Report on sanitation, dispensaries, and jails in Rajputana for 1921, and on vaccination for the year 1921-1922 - 1921-1922
Year: 1921
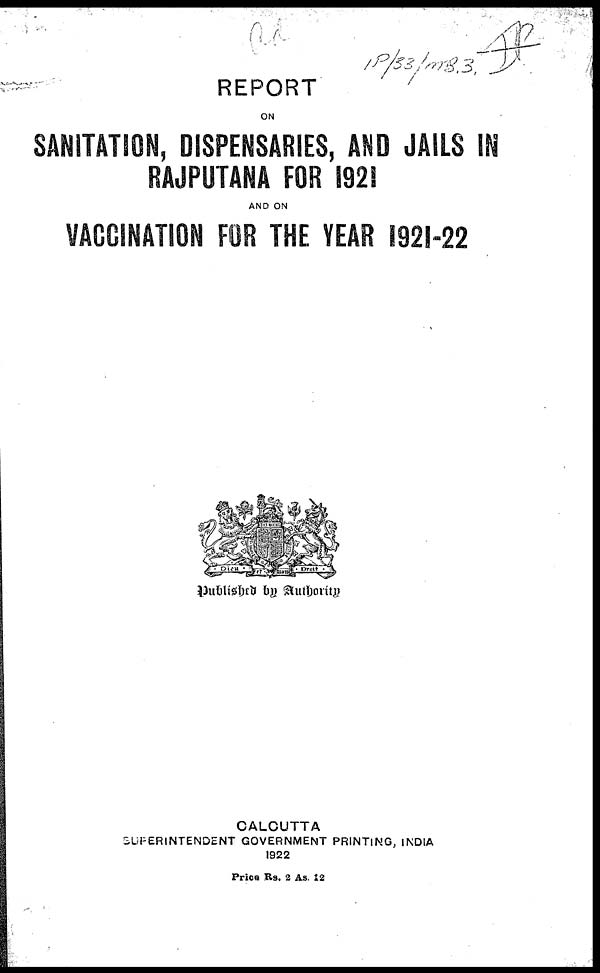
REPORT
ON
SANITATION, DISPENSARIES, AND JAILS IN
RAJPUTANA FOR 1921
AND ON
VACCINATION FOR THE YEAR 1921-22
Published by Authority
CALCUTTA
SUPERINTENDENT GOVERNMENT PRINTING, INDIA
1922
Price Rs. 2 As. 12